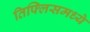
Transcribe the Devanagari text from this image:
तिफ्लिसमध्ये